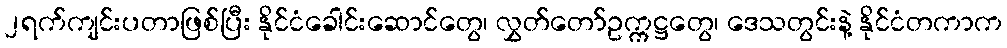
၂ရက်ကျင်းပတာဖြစ်ပြီး နိုင်ငံခေါင်းဆောင်တွေ၊ လွှတ်တော်ဥက္ကဋ္ဌတွေ၊ ဒေသတွင်းနဲ့ နိုင်ငံတကာက